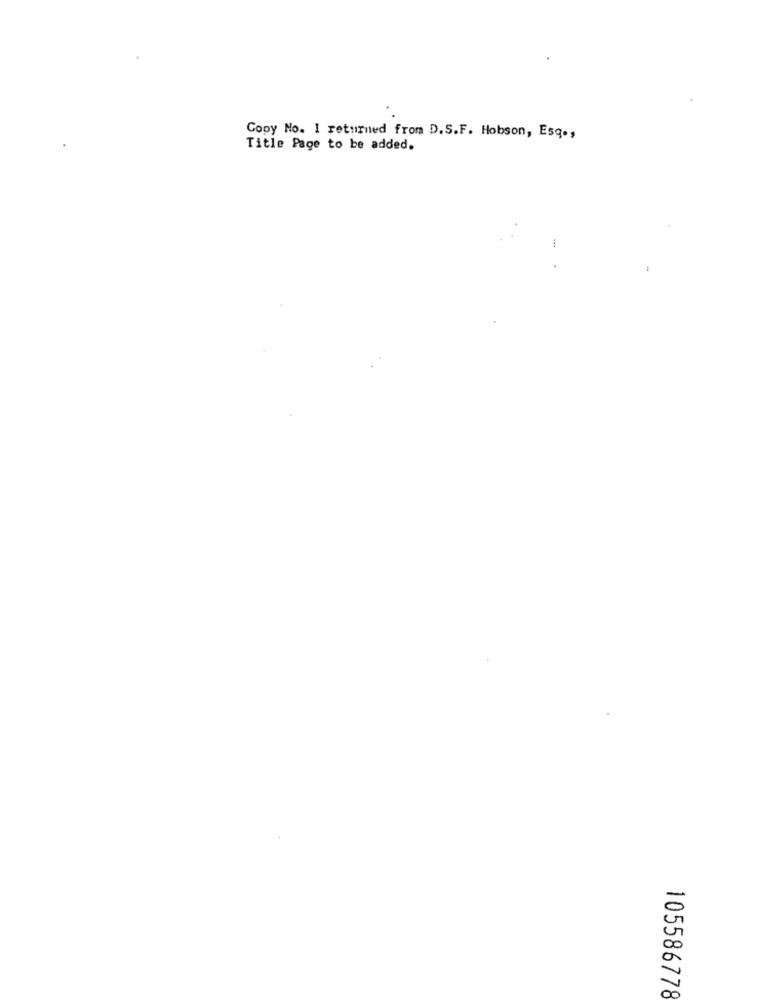
Copy No. I returned from D.S.F. Hobson, Esq .,
Title Page to be added.
=
00
105586778